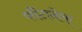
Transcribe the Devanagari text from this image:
फौंटानेला